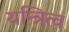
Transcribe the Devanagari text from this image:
यन्त्रित्व